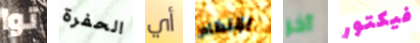
توا الحفرة أي بإنتظام آخر فيكتور